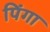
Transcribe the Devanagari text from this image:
पिंगा